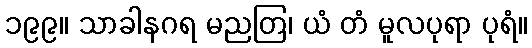
၁၉၉။ သာခါနဂရ မညတြ၊ ယံ တံ မူလပုရာ ပုရံ။